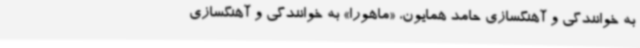
به خوانندگی و آهنگسازی حامد همایون، «ماهورا» به خوانندگی و آهنگسازی